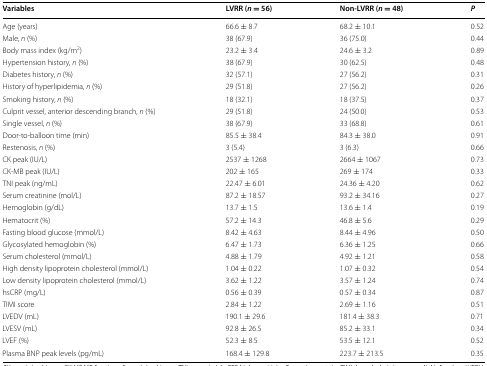
<table><thead><tr><td><b>Variables</b></td><td><b>LVRR (<i>n</i> = 56)</b></td><td><b>Non-LVRR (<i>n</i> = 48)</b></td><td><b><i>P</i></b></td></tr></thead><tbody><tr><td>Age (years)</td><td>66.6 ± 8.7</td><td>68.2 ± 10.1</td><td>0.52</td></tr><tr><td>Male, <i>n</i> (%)</td><td>38 (67.9)</td><td>36 (75.0)</td><td>0.44</td></tr><tr><td>Body mass index (kg/m<sup>2</sup>)</td><td>23.2 ± 3.4</td><td>24.6 ± 3.2</td><td>0.89</td></tr><tr><td>Hypertension history, <i>n</i> (%)</td><td>38 (67.9)</td><td>30 (62.5)</td><td>0.48</td></tr><tr><td>Diabetes history, <i>n</i> (%)</td><td>32 (57.1)</td><td>27 (56.2)</td><td>0.31</td></tr><tr><td>History of hyperlipidemia, <i>n</i> (%)</td><td>29 (51.8)</td><td>27 (56.2)</td><td>0.26</td></tr><tr><td>Smoking history, <i>n</i> (%)</td><td>18 (32.1)</td><td>18 (37.5)</td><td>0.37</td></tr><tr><td>Culprit vessel, anterior descending branch, <i>n</i> (%)</td><td>29 (51.8)</td><td>24 (50.0)</td><td>0.53</td></tr><tr><td>Single vessel, <i>n</i> (%)</td><td>38 (67.9)</td><td>33 (68.8)</td><td>0.61</td></tr><tr><td>Door-to-balloon time (min)</td><td>85.5 ± 38.4</td><td>84.3 ± 38.0</td><td>0.91</td></tr><tr><td>Restenosis, <i>n</i> (%)</td><td>3 (5.4)</td><td>3 (6.3)</td><td>0.66</td></tr><tr><td>CK peak (IU/L)</td><td>2537 ± 1268</td><td>2664 ± 1067</td><td>0.73</td></tr><tr><td>CK-MB peak (IU/L)</td><td>202 ± 165</td><td>269 ± 174</td><td>0.33</td></tr><tr><td>TNI peak (ng/mL)</td><td>22.47 ± 6.01</td><td>24.36 ± 4.20</td><td>0.62</td></tr><tr><td>Serum creatinine (mol/L)</td><td>87.2 ± 18.57</td><td>93.2 ± 34.16</td><td>0.27</td></tr><tr><td>Hemoglobin (g/dL)</td><td>13.7 ± 1.5</td><td>13.6 ± 1.4</td><td>0.19</td></tr><tr><td>Hematocrit (%)</td><td>57.2 ± 14.3</td><td>46.8 ± 5.6</td><td>0.29</td></tr><tr><td>Fasting blood glucose (mmol/L)</td><td>8.42 ± 4.63</td><td>8.44 ± 4.96</td><td>0.50</td></tr><tr><td>Glycosylated hemoglobin (%)</td><td>6.47 ± 1.73</td><td>6.36 ± 1.25</td><td>0.66</td></tr><tr><td>Serum cholesterol (mmol/L)</td><td>4.88 ± 1.79</td><td>4.92 ± 1.21</td><td>0.58</td></tr><tr><td>High density lipoprotein cholesterol (mmol/L)</td><td>1.04 ± 0.22</td><td>1.07 ± 0.32</td><td>0.54</td></tr><tr><td>Low density lipoprotein cholesterol (mmol/L)</td><td>3.62 ± 1.22</td><td>3.57 ± 1.24</td><td>0.74</td></tr><tr><td>hsCRP (mg/L)</td><td>0.56 ± 0.39</td><td>0.57 ± 0.34</td><td>0.87</td></tr><tr><td>TIMI score</td><td>2.84 ± 1.22</td><td>2.69 ± 1.16</td><td>0.51</td></tr><tr><td>LVEDV (mL)</td><td>190.1 ± 29.6</td><td>181.4 ± 38.3</td><td>0.71</td></tr><tr><td>LVESV (mL)</td><td>92.8 ± 26.5</td><td>85.2 ± 33.1</td><td>0.34</td></tr><tr><td>LVEF (%)</td><td>52.3 ± 8.5</td><td>53.5 ± 12.1</td><td>0.52</td></tr><tr><td>Plasma BNP peak levels (pg/mL)</td><td>168.4 ± 129.8</td><td>223.7 ± 213.5</td><td>0.35</td></tr></tbody></table>